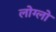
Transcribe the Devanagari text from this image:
लोग्लो